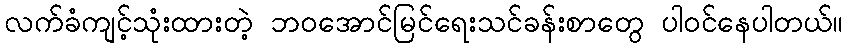
လက်ခံကျင့်သုံးထားတဲ့ ဘဝအောင်မြင်ရေးသင်ခန်းစာတွေ ပါဝင်နေပါတယ်။